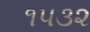
૧૫૩૨